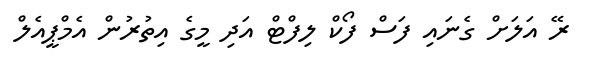
ރޭ އަލަށް ގެނައި ފަސް ފޯކް ލިފްޓް އަދި މީގެ އިތުރުން އެމްޕީއެލް